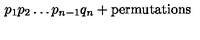
p _ { 1 } p _ { 2 } \ldots p _ { n - 1 } q _ { n } + \mathrm { p e r m u t a t i o n s }